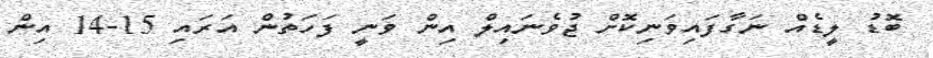
ބޮޑު ލީޑެއް ނަގާފައިވަނިކޮށް ޖުވެނައިލް އިން ވަނީ ފަހަތުން އަރައި 15-14 އިން